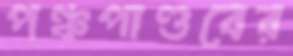
পঞ্চপাণ্ডবের